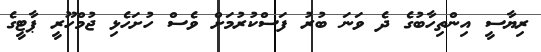
ރިޔާސީ އިންތިހާބުގެ ދެ ވަނަ ބުރު ފަސްކުރުމަށް ވެސް ހުށަހެޅި ޖުމްހޫރީ ޕާޓީގެ